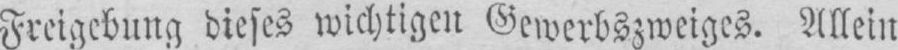
Freigebung dieses wichtigen Gewerbszweiges. Allein